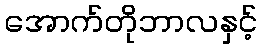
အောက်တိုဘာလနှင့်